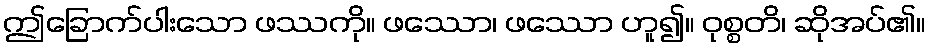
ဤခြောက်ပါးသော ဖဿကို။ ဖဿော၊ ဖဿော ဟူ၍။ ဝုစ္စတိ၊ ဆိုအပ်၏။